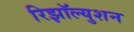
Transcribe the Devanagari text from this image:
रिझॉल्युशन